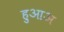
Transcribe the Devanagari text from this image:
हुआअ